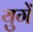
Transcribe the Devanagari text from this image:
युगें